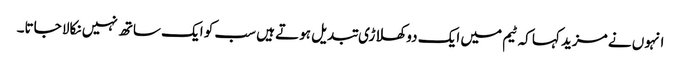
انہوں نے مزید کہا کہ ٹیم میں ایک دو کھلاڑی تبدیل ہوتے ہیں سب کو ایک ساتھ نہیں نکالا جاتا۔